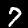
Digit: 7